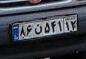
۸۶ن۵۴۱۱۲